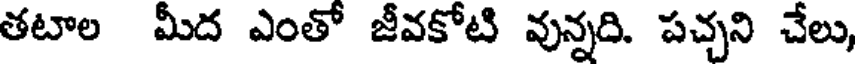
తటాల మీద ఎంతో జీవకోటి వున్నది. పచ్చని చేలు,